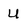
Character: U